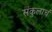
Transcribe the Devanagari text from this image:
संकुलाचं